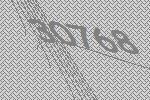
30768